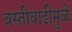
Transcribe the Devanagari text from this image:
वस्तीवाढीमुळे